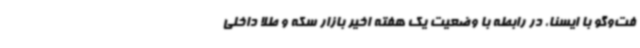
فت‌وگو با ایسنا، در رابطه با وضعیت یک هفته اخیر بازار سکه و طلا داخلی